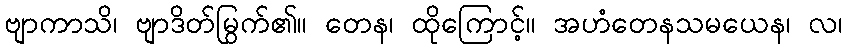
ဗျာကာသိ၊ ဗျာဒိတ်မြွက်၏။ တေန၊ ထိုကြောင့်။ အဟံတေနသမယေန၊ လ၊